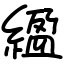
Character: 䋼